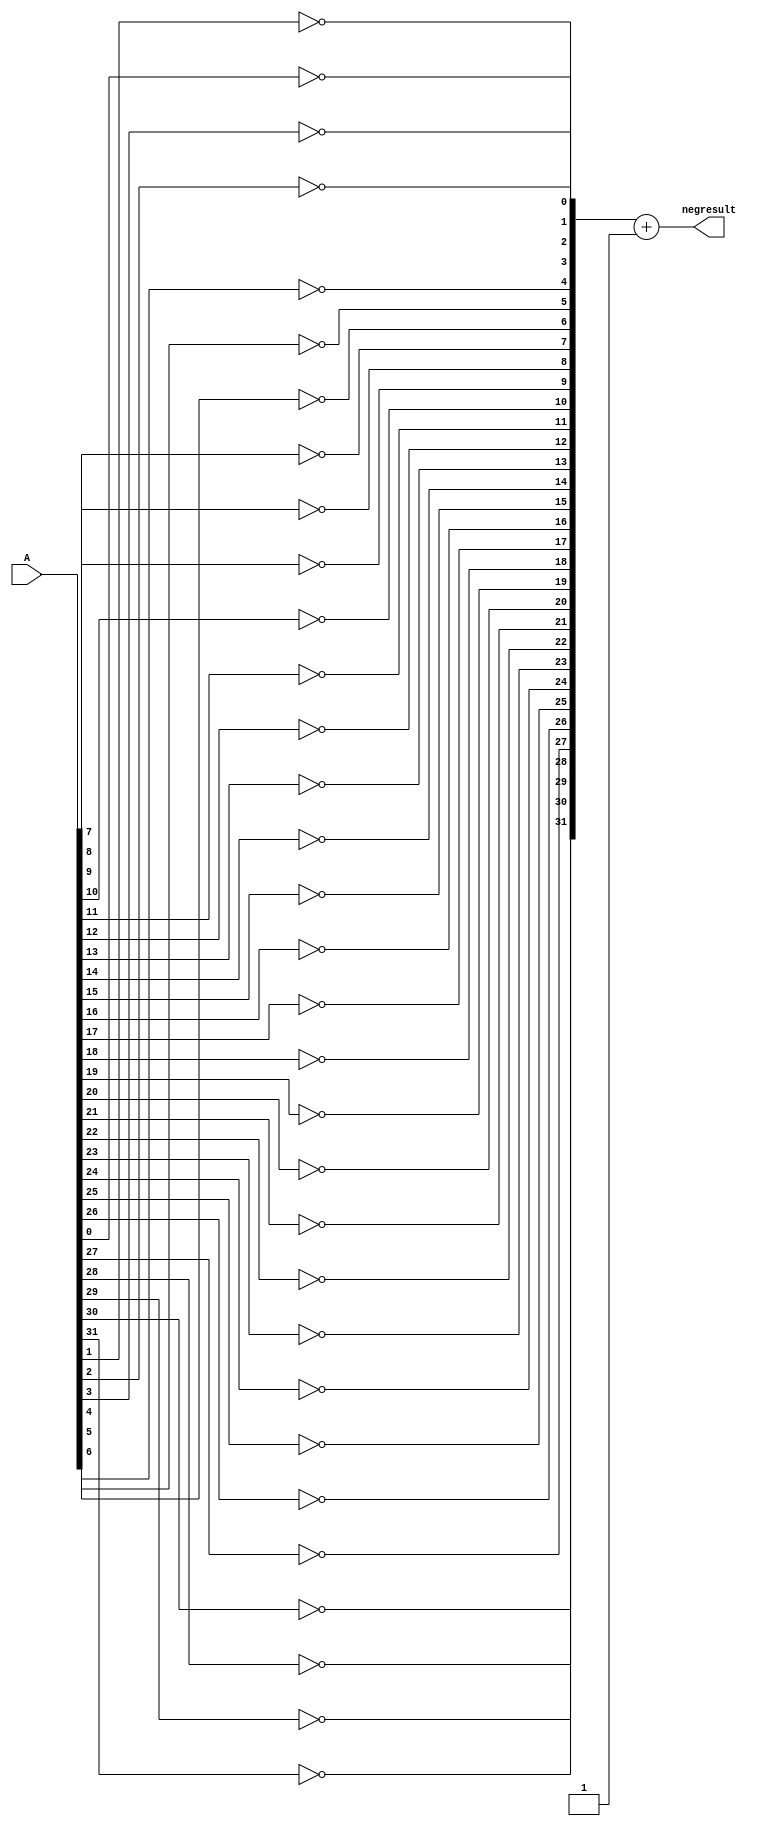
module NEG (A, negresult);

input [31:0] A;
output [31:0] negresult;

reg [31:0] negresult;

integer i;

always @(A)
	begin
		for (i = 0; i < 32; i = i + 1)
		begin
			negresult[i] = ~A[i];		
		end
		//two's compliment part
		negresult = negresult + 1;
	end
endmodule